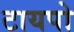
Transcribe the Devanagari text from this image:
टायपो